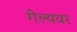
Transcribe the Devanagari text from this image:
गेल्यवर